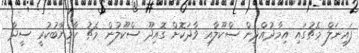
ފައިނަލް މެޗުގައި އިމާދުއްދީން ސްކޫލާއި ވާދަކޮށް ގޮއިދޫ ސްކޫލުން މެޗު ކާމިޔާބުކުރީ ސީދާ